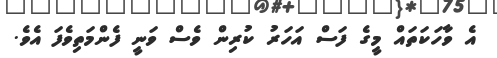
އެ ވާހަކަތައް މީގެ ފަސް އަހަރު ކުރިން ވެސް ވަނީ ފެންމަތިވެފަ އެވެ.